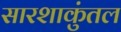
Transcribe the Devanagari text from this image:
सारशाकुंतल